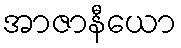
အာဇာနီယော